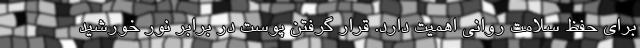
برای حفظ سلامت روانی اهمیت دارد. قرار گرفتن پوست در برابر نور خورشید